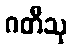
ဂတီသု